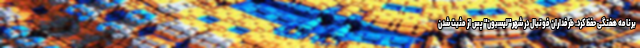
برنامه هفتگی حفظ کرد. طرفداران فوتبال در شهر "لیسبون" پس از مثبت شدن